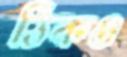
ঠিকও